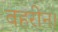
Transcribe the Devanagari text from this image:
बहरीन।